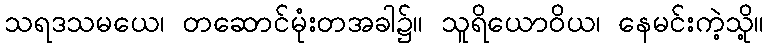
သရဒသမယေ၊ တဆောင်မုံးတအခါ၌။ သူရိယောဝိယ၊ နေမင်းကဲ့သို့။